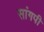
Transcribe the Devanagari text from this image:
सांगपी